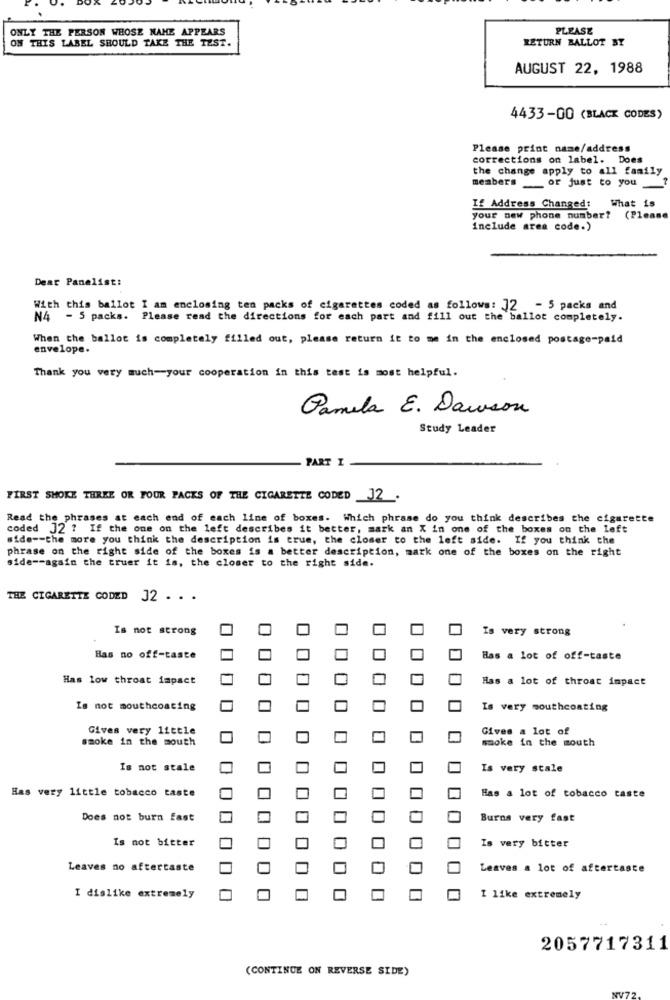
ONLY THE PERSON WHOSE NAME APPEARS
PLEASE
ON THIS LABEL SHOULD TAKE THE TEST.
RETURN BALLOT BY
AUGUST 22, 1988
4433-00 (BLACK CODES)
Please print name/address
corrections on label. Does
the change apply to all family
members or just to you
If Address Changed: What is
your new phone number? (Please
include area code.)
Dear Panelist:
With this ballot I am enclosing ten packs of cigarettes coded as follows: 12 - 5 packs and
N4 - 5 packs. Please read the directions for each part and fill out the ballot completely.
When the ballot is completely filled out, please return it to me in the enclosed postage-paid
envelope.
Thank you very much-your cooperation in this test is most helpful.
Pamela E. Dawson
Study Leader
PART I
FIRST SMOKE THREE OR FOUR PACKS OF THE CIGARETTE CODED _J2 .
Read the phrases at each end of each line of boxes. Which phrase do you think describes the cigarette
coded J2 ? If the one on the left describes it better, mark an X in one of the boxes on the left
side -- the more you think the description is true, the closer to the left side. If you think the
phrase on the right side of the boxes is a better description, mark one of the boxes on the right
side -- again the truer it is, the closer to the right side.
THE CIGARETTE CODED J2 . . .
Is not strong
Is very strong
Bas no off-taste
Bas a lot of off-taste
Has low throat impact
Has a lot of throat impact
Is not mouthcoating
Is very southcoating
Gives very little
Gives a lot of
smoke in the south
smoke in the mouth
Is not stale
Is very stale
Has very little tobacco taste
Has a lot of tobacco taste
Does not burn fast
Burns very fast
Is not bitter
Is very bitter
Leaves no aftertaste
Leaves a lot of aftertaste
I dislike extremely
I like extremely
2057717311
(CONTINUE ON REVERSE SIDE)